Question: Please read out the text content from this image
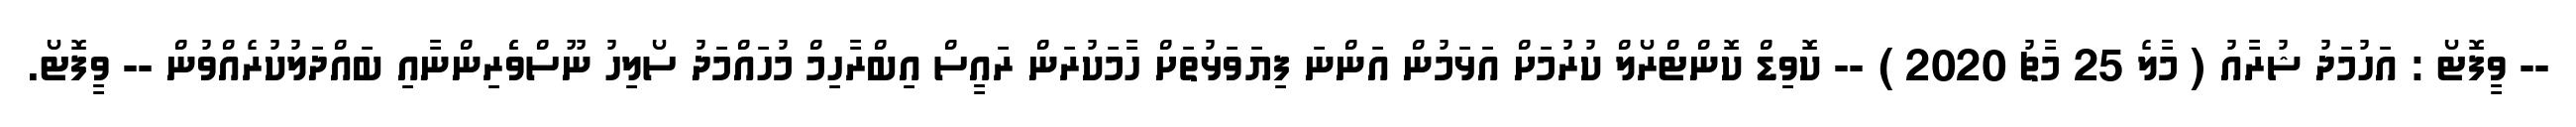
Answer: -- ވީފޮޓޯ : އަހުމަދު ޝުރާއު ( މާލެ 25 މާޗު 2020 ) -- ކޮވިޑް ކޮންޓްރޯލް ކުރުމަށް އަޅަމުން އަންނަ ފިޔަވަޅުތަށް ހާމަކުރަން ރައީސް އިބްރާހިމް މުހައްމަދު ސޯލިހު ނޫސްވެެރިންނާއި ބައްދަލުކުރެއްވުން -- ވީފޮޓޯ.